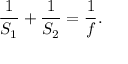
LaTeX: { \frac { 1 } { S _ { 1 } } } + { \frac { 1 } { S _ { 2 } } } = { \frac { 1 } { f } } .